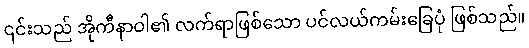
၎င်းသည် အိုကီနာဝါ၏ လက်ရာဖြစ်သော ပင်လယ်ကမ်းခြေပုံ ဖြစ်သည်။